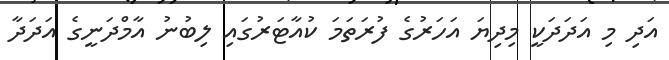
އަދި މި އަދަދަކީ މިދިޔަ އަހަރުގެ ފުރަތަމަ ކުއާޓަރުގައި ލިބުނު އާމްދަނީގެ އަދަދާ